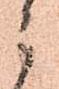
ニ